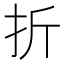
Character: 折